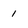
Character: 1